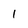
Character: l